Lunatic asylums Central Provinces reports 1886-1894 - 1886-1894
Year: 1886
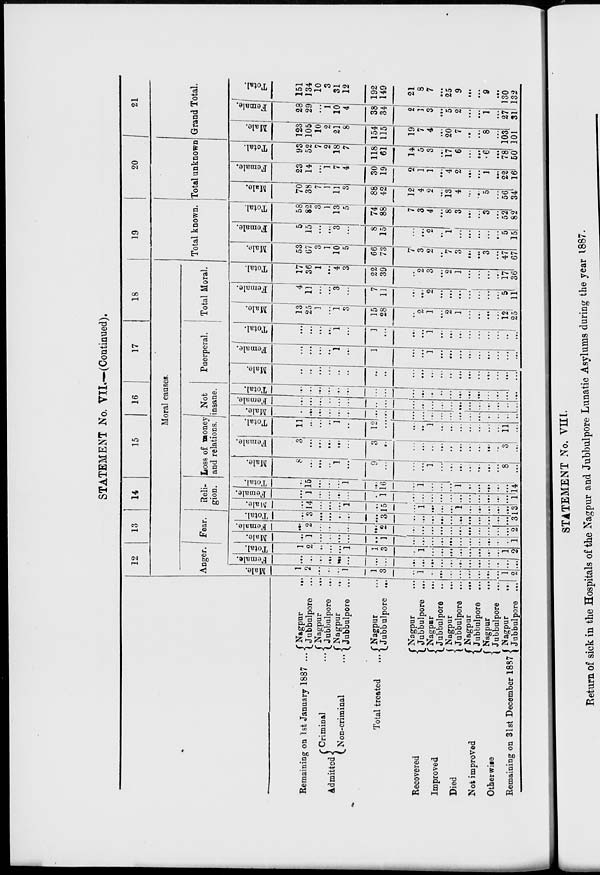
STATEMENT No. VII.—(Continued).
Remaining on 1st January 1887 ...
Admitted
Criminal ...
Non-criminal ...
Total treated ...
Recovered
Improved
Died
Not improved
Otherwise
Remaining on 31st December 1887
Nagpur
...
Jubbulpore ...
Nagpur ...
Jubbulpore ...
Nagpur ...
Jubbulpore ...
Nagpur ...
Jubbulpore ...
Nagpur ...
Jubbulpore ...
Nagpur ...
Jubbulpore ...
Nagpur ...
Jubbulpore ...
Nagpur ...
Jubbulpore ...
Nagpur ...
Jubbulpore
...
Nagpur ...
Jubbulpore ...
12
13
14
15
16
17
18
Moral causes.
Anger.
Male.
1
2
...
...
...
1
1
3
...
1
...
...
...
...
...
...
...
...
1
2
Female.
...
...
...
...
...
...
...
...
...
...
...
...
...
...I
...
...
...
...
...
...
Total.
1
2
...
...
...
1
1
3
...
1
...
...
...
...
...
...
...
...
1
2
Fear.
Male.
...
1
...
...
...
...
...
1
...
...
...
...
...
...
...
...
...
...
...
1
Female.
...
2
...
...
...
...
...
2
...
...
...
...
...
...
...
...
...
...
...
2
Total.
...
3
...
...
...
...
...
3
...
...
...
...
...
...
...
...
...
...
...
3
Reli-
gion.
Male.
...
14
...
...
...
1
...
15
1
1
...
...
...
1
...
...
...
...
...
13
Female.
...
1
...
...
...
...
...
1
...
...
...
...
...
...
...
...
...
...
...
11
Total.
...
15
...
...
...
1
...
16
...
1
...
...
...
1
...
...
...
...
...
4
Loss of money
and relations.
Male.
8
...
...
...
1
...
9
...
...
...
1
...
...
...
...
...
...
...
8
...
Female.
3
...
...
...
...
...
3
...
...
...
...
...
...
...
...
...
...
...
3
...
Total.
11
...
...
...
1
...
12
...
...
...
1
...
...
...
...
...
...
...
11
...
Not
insane.
Male.
...
...
...
...
...
...
...
...
...
...
...
...
...
...
...
...
...
...
...
...
remale.
...
...
...
...
...
...
...
...
...
...
...
...
...
...
...
...
...
...
...
...
Total.
...
...
...
...
...
...
...
...
...
...
...
...
...
...
...
...
...
...
...
...
Puerperal.
Male.
...
...
...
...
...
...
...
...
...
...
...
...
...
...
...
...
...
...
...
...
Female.
...
...
...
...
1
...
1
...
...
...
1
...
...
...
...
...
...
...
...
...
Total.
...
...
...
...
1
...
1
...
...
...
1
...
...
...
...
...
...
...
...
...
Total Moral.
Male.
13
25
1
...
1
3
15
28
...
2
1
...
2
1
...
...
...
...
12
25
Female.
4
11
...
...
3
...
7
11
...
...
2
...
...
...
...
...
...
...
5
11
Total.
17
36
1
...
4
3
22
39
...
2
3
...
2
1
...
...
...
...
17
36
19
Total known.
Male.
53
67
3
1
10
5
66
73
7
3
2
...
7
3
...
...
3
...
47
67
Female.
5
15
...
...
3
...
8
15
...
...
2
...
1
...
...
...
...
...
5
15
Total.
58
82
3
1
13
5
74
88
7
3
4
...
8
3
...
...
3
...
52
82
20
Total unknown.
Male.
70
38
7
1
11
3
88
42
12
4
2
...
13
4
...
...
5
...
56
34
Female.
23
14
...
1
7
4
30
19
2
1
1
...
4
2
...
...
1
...
22
16
Total.
93
52
7
2
18
7
118
61
14
5
3
...
17
6
...
...
6
...
78
50
21
Grand Total.
Male.
123
105
10
2
21
8
154
115
19
7
4
...
20
7
...
...
8
...
103
101
Female
28
29
...
1
10
4
38
34
2
1
3
...
5 2
...
...
1
...
27
31
Total.
151
134
10
3
31
12
192
149
21
8
7
...
25
9
...
...
9
...
130
132